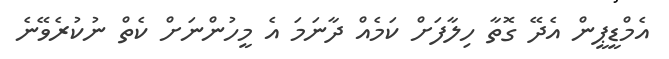
އެމްޑީޕީން އެދޭ ގޮތާ ހިލާފަށް ކަމެއް ދާނަމަ އެ މީހުންނަށް ކެތް ނުކުރެވޭނެ